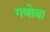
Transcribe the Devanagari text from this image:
गणोबा